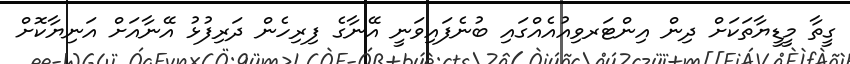
ގީތާ މީޑީޔާތަކަށް ދިން އިންޓަރވިއުއެއްގައި ބުނެފައިވަނީ އޭނާގެ ފިރިހެން ދަރިފުޅު އޭނާއަށް އަނިޔާކޮށް